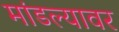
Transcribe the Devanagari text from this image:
मांडल्यावर